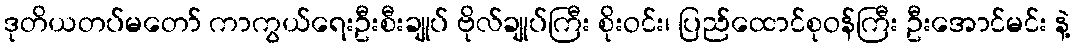
ဒုတိယတပ်မတော် ကာကွယ်ရေးဦးစီးချုပ် ဗိုလ်ချုပ်ကြီး စိုးဝင်း၊ ပြည်ထောင်စုဝန်ကြီး ဦးအောင်မင်း နဲ့